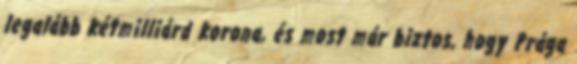
legalább kétmilliárd korona, és most már biztos, hogy Prága